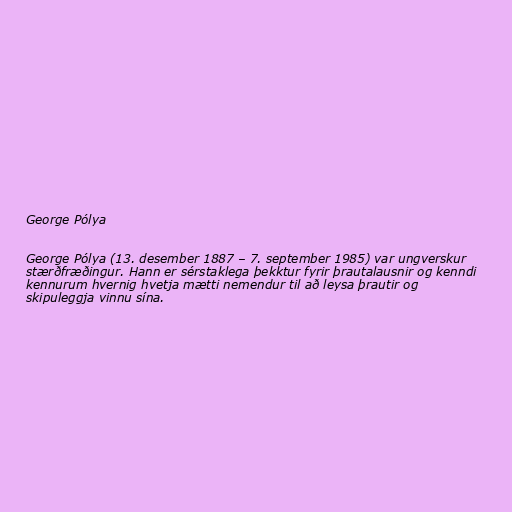
George Pólya

George Pólya (13. desember 1887 – 7. september 1985) var ungverskur
stærðfræðingur. Hann er sérstaklega þekktur fyrir þrautalausnir og kenndi
kennurum hvernig hvetja mætti nemendur til að leysa þrautir og
skipuleggja vinnu sína.